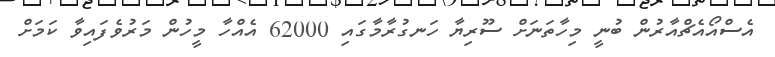
އެސްއޯއެޗްއާރުން ބުނީ މިހާތަނަށް ސޫރިޔާ ހަނގުރާމާގައި 62000 އެއްހާ މީހުން މަރުވެފައިވާ ކަމަށް